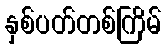
နှစ်ပတ်တစ်ကြိမ်